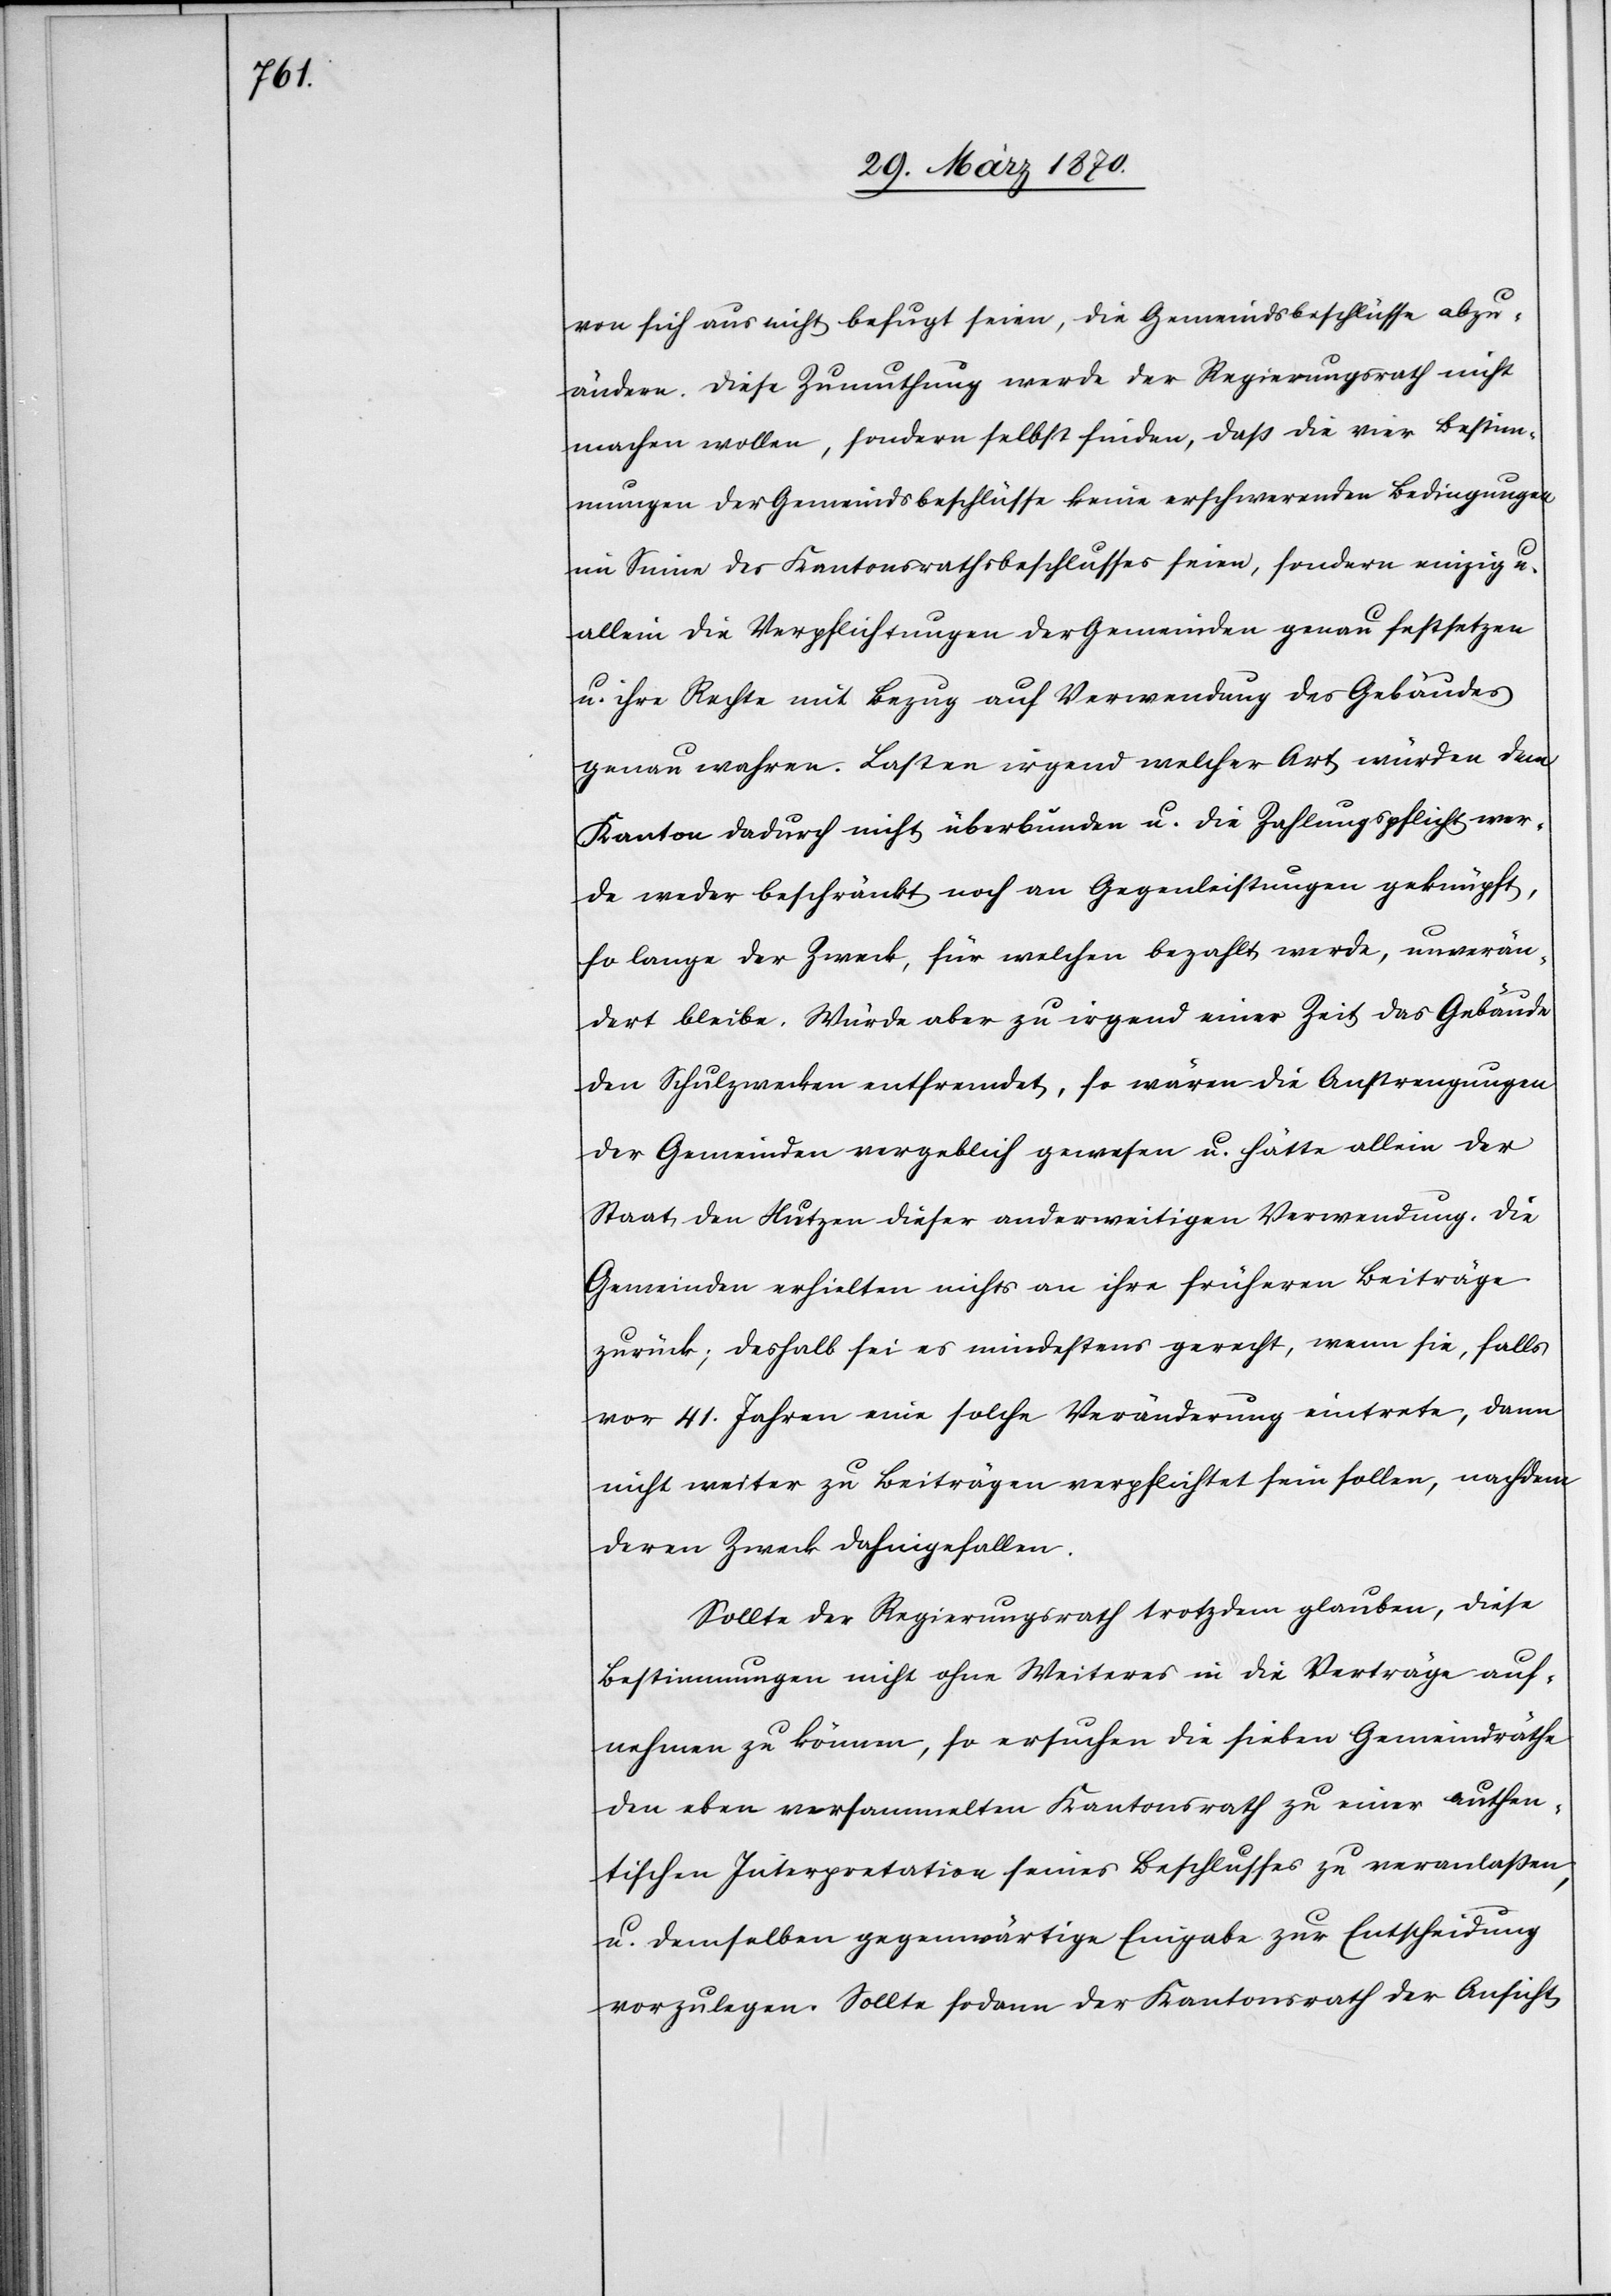
von sich aus nicht befugt seien, die Gemeindsbeschlüsse abzu¬
zändern. Diese Zumuthung werde der Regierungsrath nicht
machen wollen, sondern selbst finden, daß die vier Bestim¬
mungen der Gemeindsbeschlüsse keine erschwerenden Bedingungen
im Sinne des Kantonsrathsbeschlusses seien, sondern einzig u.
allein die Verpflichtungen der Gemeinden genau festsetzen
u. ihre Rechte mit Bezug auf Verwendung des Gebäudes
genau wahren. Lasten irgend welcher Art würden dem
Kanton dadurch nicht überbunden u. die Zahlungspflicht wer¬
de weder beschränkt noch an Gegenleistungen geknüpft,
so lange der Zweck, für welchen bezahlt werde, unverän¬
dert bleibe. Würde aber zu irgend einer Zeit das Gebäude
den Schulzwecken entfremdet, so wären die Anstrengungen
der Gemeinden vergeblich gewesen u. hätte allein der
Staat den Nutzen dieser anderweitigen Verwendung. Die
Gemeinden erhielten nichts an ihre früheren Beiträge
zurück; deshalb sei es mindestens gerecht, wenn sie, falls
vor 41. Jahren eine solche Veränderung eintrete, dann
nicht weiter zu Beiträgen verpflichtet sein sollen, nachdem
deren Zweck dahingefallen.
Sollte der Regierungsrath trotzdem glauben, diese
Bestimmungen nicht ohne Weiteres in die Verträge auf¬
nehmen zu können, so ersuchen die sieben Gemeindräthe
den eben versammelten Kantonsrath zu einer authen¬
tischen Interpretation seines Beschlusses zu veranlaßen,
u. demselben gegenwärtige Eingabe zur Entscheidung
vorzulegen. Sollte sodann der Kantonsrath der Ansicht